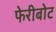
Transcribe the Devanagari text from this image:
फेरीबोट